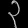
Digit: ၃